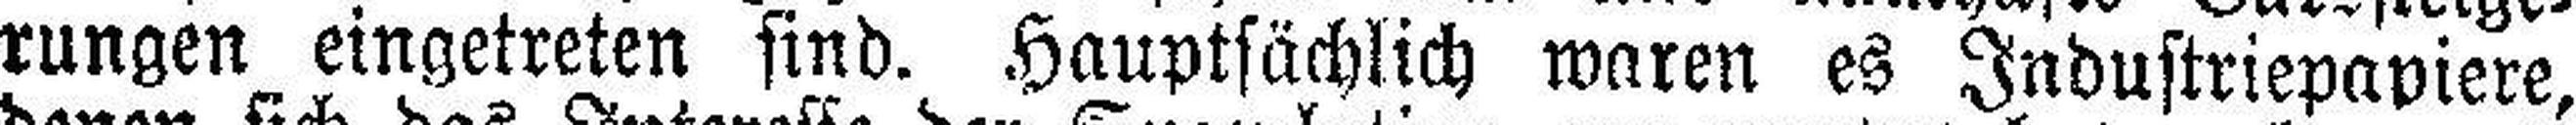
rungen eingetreten sind. Hauptsächlich waren es Industriepapiere,